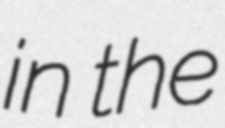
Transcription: in the